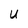
Character: U